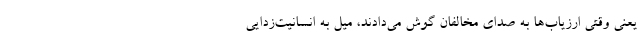
یعنی وقتی ارزیاب‌ها به صدای مخالفان گوش می‌دادند، میل به انسانیت‌زدایی